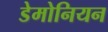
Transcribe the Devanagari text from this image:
डेमोनियन